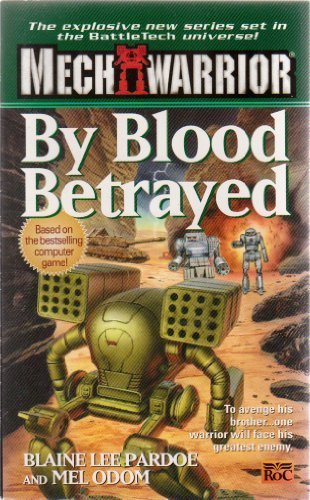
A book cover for Classic Battletech: By Blood Betrayed (FAS5769) (Mech Warrior); FanPro; Science Fiction & Fantasy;